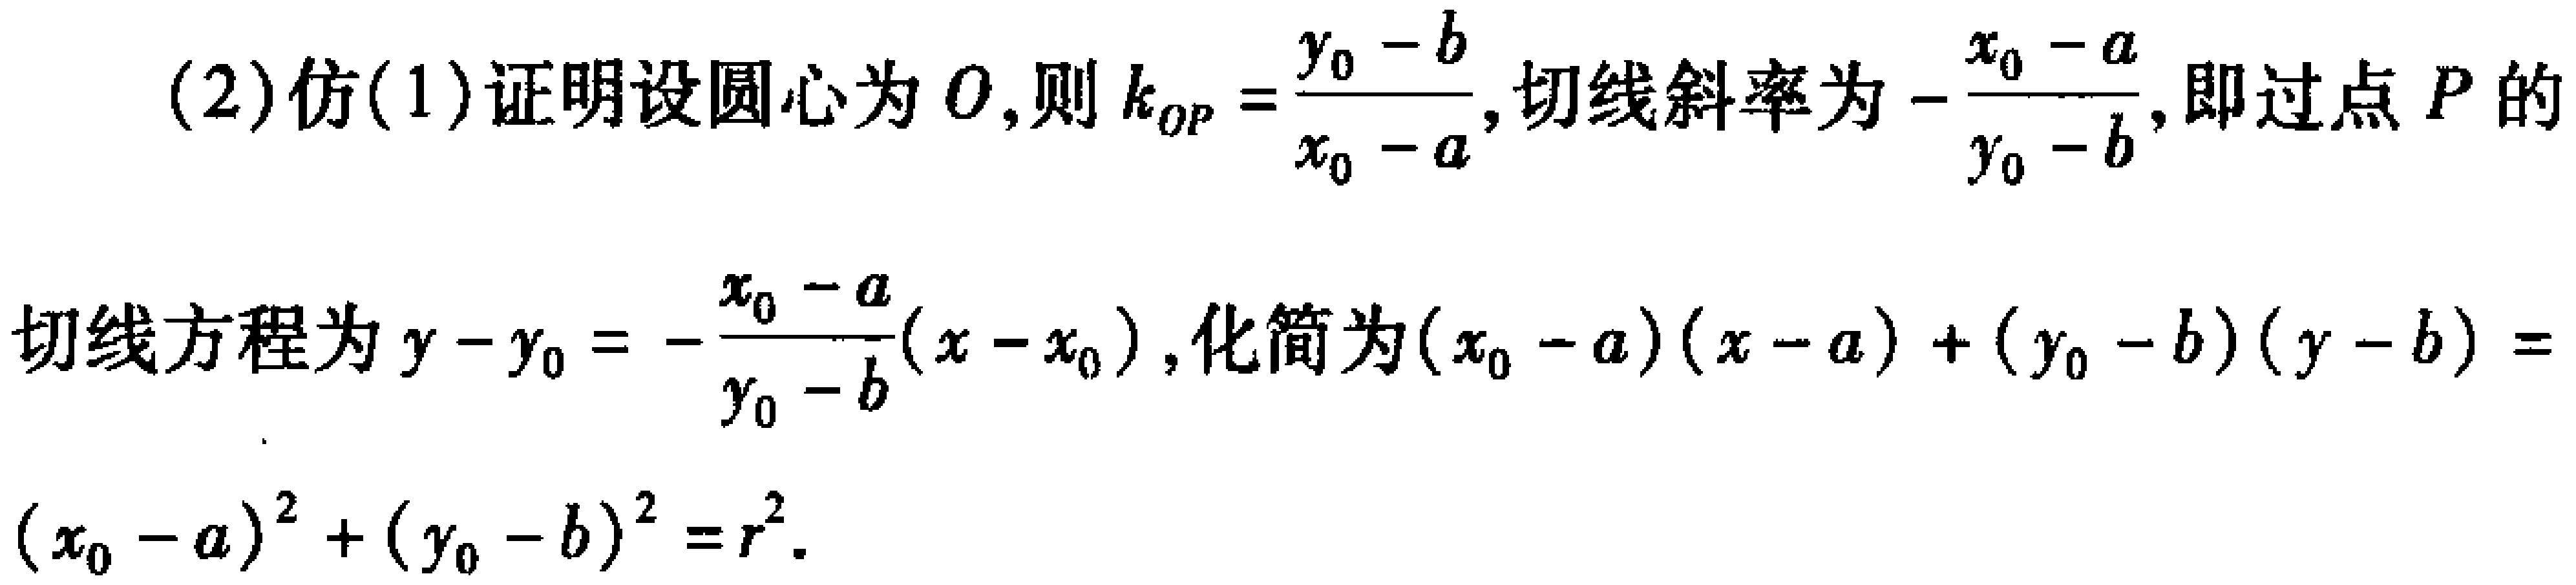
(2) 仿(1)证明设圆心为\(O\)，则\(k_{OP}=\frac{y_{0}-b}{x_{0}-a}\)，切线斜率为\(-\frac{x_{0}-a}{y_{0}-b}\)，即过点\(P\)的
切线方程为\(y - y_{0}=-\frac{x_{0}-a}{y_{0}-b}(x - x_{0})\)，化简为\((x_{0}-a)(x - a)+(y_{0}-b)(y - b) =\)
\((x_{0}-a)^{2}+(y_{0}-b)^{2}=r^{2}\)。